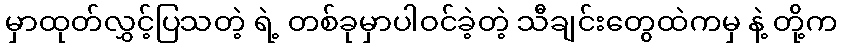
မှာထုတ်လွှင့်ပြသတဲ့ ရဲ့ တစ်ခုမှာပါဝင်ခဲ့တဲ့ သီချင်းတွေထဲကမှ နဲ့ တို့က